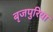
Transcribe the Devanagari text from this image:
बृजपुरिया